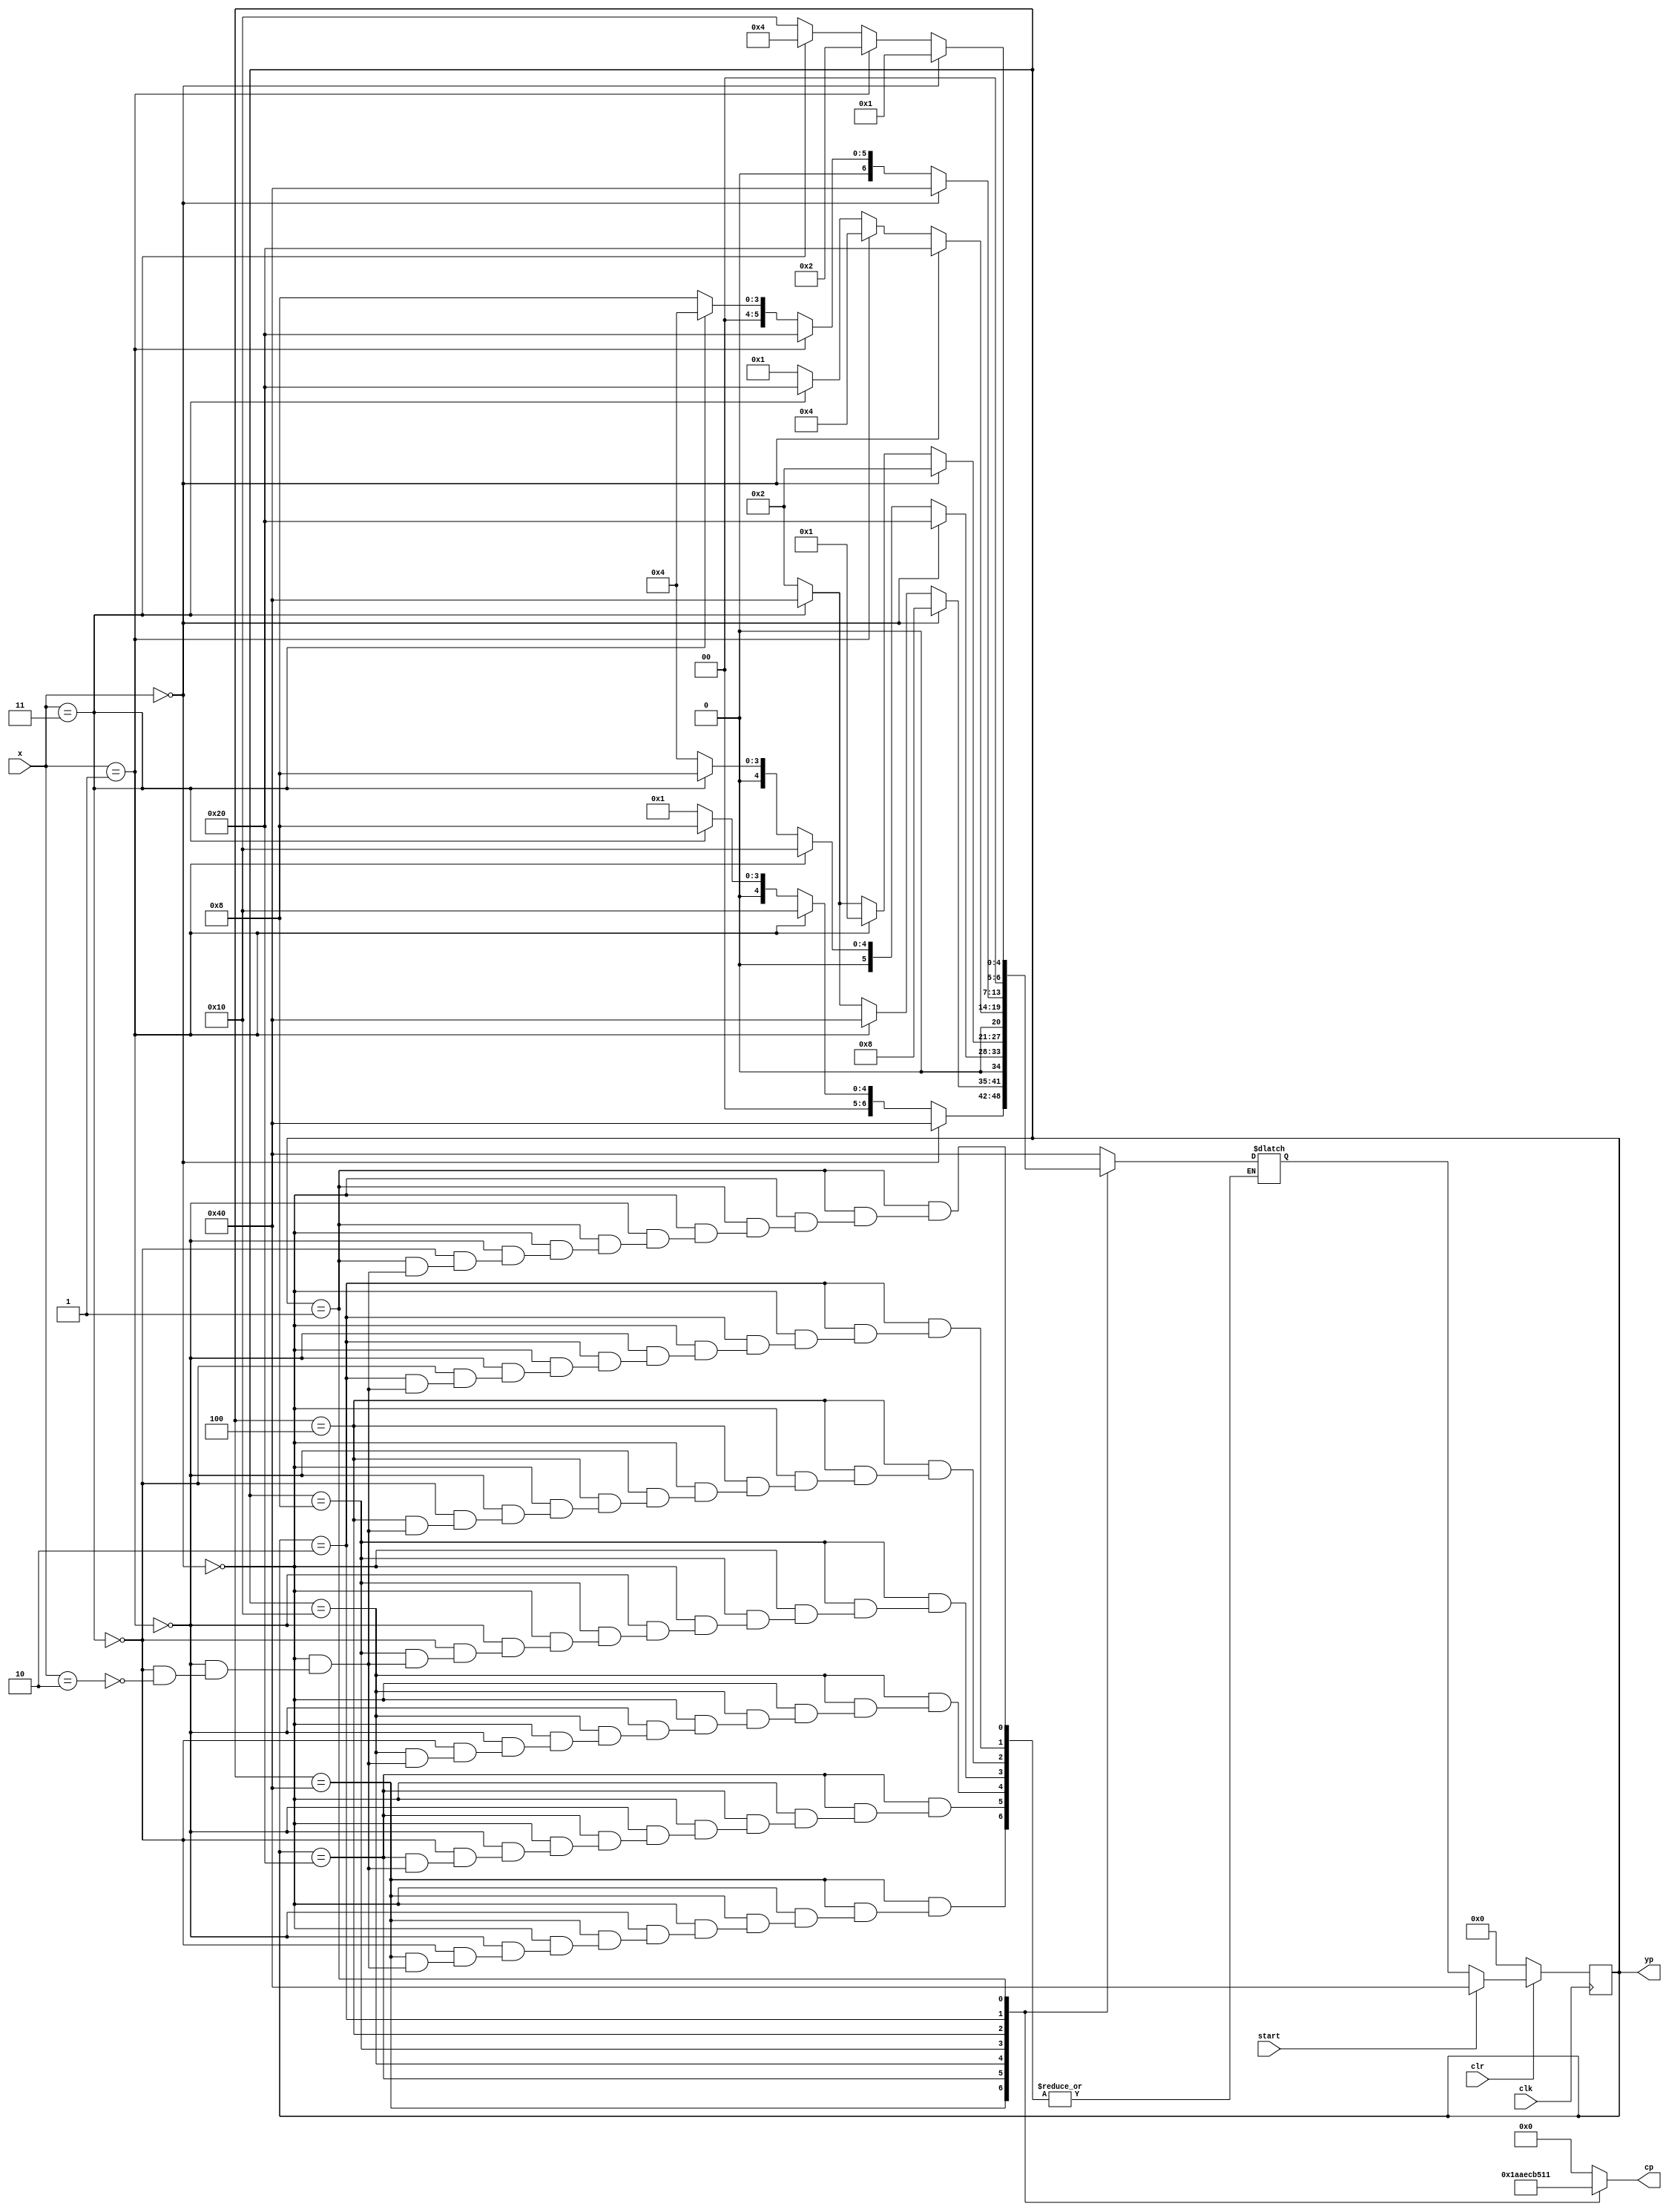
`timescale 1ns / 1ps
//////////////////////////////////////////////////////////////////////////////////
// Company: 
// Engineer: 
// 
// Design Name: 
// Module Name:    one_hot_fsm 
// Project Name: 
// Target Devices: 
// Tool versions: 
// Description: 
//
// Dependencies: 
//
// Revision: 
// Revision 0.01 - File Created
// Additional Comments: 
//
//////////////////////////////////////////////////////////////////////////////////
module one_hot_fsm(clk, clr, x, start, yp, cp);
	input clk, start, clr; 
	input [1:0] x;
	output reg [4:0] cp; //Control Points
	output reg [6:0] yp; //One-Hot Encoded "Present State"
	reg	[6:0] Y;	// Y - Next State
	
	parameter a=7'b1000000;
	parameter b=7'b0100000;
	parameter c=7'b0010000;
	parameter d=7'b0001000;
	parameter e=7'b0000100;
	parameter f=7'b0000010;
	parameter g=7'b0000001;
	
	always @ (x or yp) begin //Determine next state Y process
		case(yp)
		a: 	  if(x==2'b00) begin Y=a; end
			else if(x==2'b01) begin Y=c; end
			else if(x==2'b11) begin Y=d; end
			else if(x==2'b10) begin Y=g; end
		b: 	  if(x==2'b00) begin Y=d; end
			else if(x==2'b01) begin Y=a; end
			else if(x==2'b11) begin Y=a; end
			else if(x==2'b10) begin Y=f; end
		c: 	  if(x==2'b00) begin Y=b; end
			else if(x==2'b01) begin Y=c; end
			else if(x==2'b11) begin Y=d; end
			else if(x==2'b10) begin Y=e; end
		d: 	  if(x==2'b00) begin Y=f; end
			else if(x==2'b01) begin Y=g; end
			else if(x==2'b11) begin Y=a; end
			else if(x==2'b10) begin Y=f; end
		e: 	  if(x==2'b00) begin Y=b; end
			else if(x==2'b01) begin Y=e; end
			else if(x==2'b11) begin Y=b; end
			else if(x==2'b10) begin Y=g; end
		f: 	  if(x==2'b00) begin Y=a; end
			else if(x==2'b01) begin Y=b; end
			else if(x==2'b11) begin Y=e; end
			else if(x==2'b10) begin Y=d; end
		g: 	  if(x==2'b00) begin Y=g; end
			else if(x==2'b01) begin Y=f; end
			else if(x==2'b11) begin Y=e; end
			else if(x==2'b10) begin Y=c; end
		default:	Y=a;
		endcase
	end
	
	//Clear, Reset and State Transition Process
	
	always @(posedge clk) begin
		if(clr==1'b0) begin yp=7'b0000000; end
		else if (start==1'b1) begin yp=a; end
		else	begin yp = Y; end
	end
	
	//Output Control Points
	
	always @ (yp) begin
		case (yp)
			a: cp=5'b00110;
			b: cp=5'b10101;
			c: cp=5'b01110;
			d: cp=5'b11001;
			e: cp=5'b01101;
			f: cp=5'b01000;
			g: cp=5'b10001;
			default: cp=5'b00000;
		endcase
	end
	
endmodule